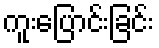
ကူးပြောင်းခြင်း